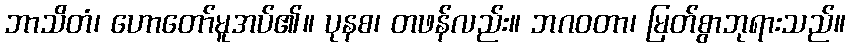
ဘာသိတံ၊ ဟောတော်မူအပ်၏။ ပုနစ၊ တဖန်လည်း။ ဘဂဝတာ၊ မြတ်စွာဘုရားသည်။